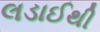
લડાઈથી